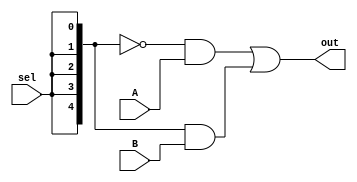
`timescale 1ns / 1ps
//////////////////////////////////////////////////////////////////////////////////
// Company: 
// Engineer: 
// 
// Design Name: 
// Module Name: Mux5Bit2To1
// Project Name: 
// Target Devices: 
// Tool Versions: 
// Description: 
// 
// Dependencies: 
// 
// Revision:
// Revision 0.01 - File Created
// Additional Comments:
// 
//////////////////////////////////////////////////////////////////////////////////


module Mux5Bit2To1(out, A, B, sel);
    input [4:0] A, B;
    input sel;
    output [4:0] out;
    assign out = (~{5{sel}} & A) | ({5{sel}} & B);
endmodule